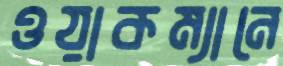
ওয়াকম্যানে